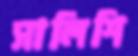
সালিশি